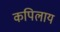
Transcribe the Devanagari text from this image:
कपिलाय